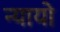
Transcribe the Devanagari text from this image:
न्यायो